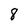
Character: 8